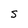
Character: S